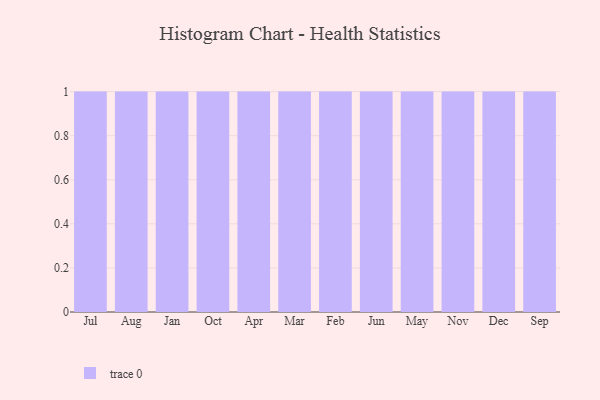
{"axis": {"x": "Month", "y": "Churn Rate (%)"}, "legend": [""], "data": [{"x": "Jul", "y": 65, "type": ""}, {"x": "Aug", "y": 29, "type": ""}, {"x": "Jan", "y": 97, "type": ""}, {"x": "Oct", "y": 61, "type": ""}, {"x": "Apr", "y": 92, "type": ""}, {"x": "Mar", "y": 21, "type": ""}, {"x": "Feb", "y": 8, "type": ""}, {"x": "Jun", "y": 61, "type": ""}, {"x": "May", "y": 37, "type": ""}, {"x": "Nov", "y": 3, "type": ""}, {"x": "Dec", "y": 61, "type": ""}, {"x": "Sep", "y": 47, "type": ""}]}